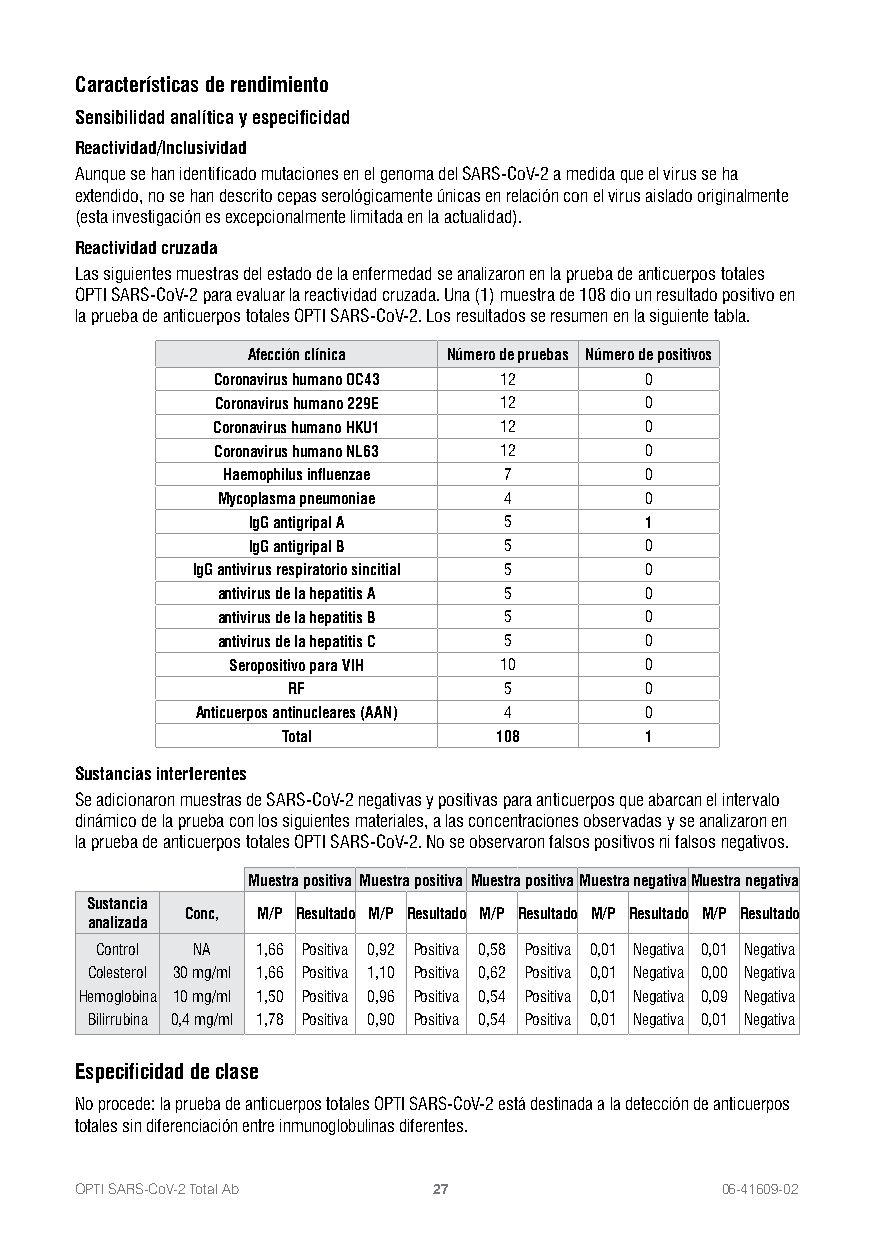
Características de rendimiento
 Sensibilidad analítica y especificidad
 Reactividad/lnclusividad
 Aunque se han identificado mutaciones en el genoma del SARS-CoV-2 a medida que el virus se ha
 extendido, no se han descrito cepas serológicamente únicas en relación con el virus aislado originalmente
 (esta investigación es excepcionalmente limitada en la actualidad).
 Reactividad cruzada
 Las siguientes muestras del estado de la enfermedad se analizaron en la prueba de anticuerpos totales
 OPTI SARS-CoV-2 para evaluar la reactividad cruzada. Una (1) muestra de 108 dio un resultado positivo en
 la prueba de anticuerpos totales OPTI SARS-CoV-2. Los resultados se resumen en la siguiente tabla.
 Afección clínica Número de pruebas Número de positivos
 Coronavirus humano OC43 12   0
 Coronavirus humano 229E 12   0
 Coronavirus humano HKU1 12   0
 Coronavirus humano NL63 12   0
 Haemophilus influenzae 7    0
 Mycoplasma pneumoniae 4      0
 IgG antigripal A 5         1
 IgG antigripal B 5         0
 IgG antivirus respiratorio sincitial 5 0
 antivirus de la hepatitis A 5 0
 antivirus de la hepatitis B 5 0
 antivirus de la hepatitis C 5 0
 Seropositivo para VIH 10    0
 RF            5         0
 Anticuerpos antinucleares (AAN) 4 0
 Total         108       1
 Sustancias interferentes
 Se adicionaron muestras de SARS-CoV-2 negativas y positivas para anticuerpos que abarcan el intervalo
 dinámico de la prueba con los siguientes materiales, a las concentraciones observadas y se analizaron en
 la prueba de anticuerpos totales OPTI SARS-CoV-2. No se observaron falsos positivos ni falsos negativos.
 Muestra positiva Muestra positiva Muestra positivaMuestra negativaMuestra negativa
 Sustancia
 Conc, M/P Resultado M/P Resultado M/P Resultado M/P Resultado M/P Resultado
 analizada
 Control NA 1,66 Positiva 0,92 Positiva 0,58 Positiva 0,01 Negativa 0,01 Negativa
 Colesterol 30 mg/ml 1,66 Positiva 1,10 Positiva 0,62 Positiva 0,01 Negativa 0,00 Negativa
 Hemoglobina 10 mg/ml 1,50 Positiva 0,96 Positiva 0,54 Positiva 0,01 Negativa 0,09 Negativa
 Bilirrubina 0,4 mg/ml 1,78 Positiva 0,90 Positiva 0,54 Positiva 0,01 Negativa 0,01 Negativa
 Especificidad de clase
 No procede: la prueba de anticuerpos totales OPTI SARS-CoV-2 está destinada a la detección de anticuerpos
 totales sin diferenciación entre inmunoglobulinas diferentes.
 OPTI SARS-CoV-2 Total Ab 27                06-41609-02